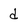
Character: d